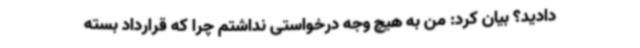
دادید؟ بیان کرد: من به هیچ وجه درخواستی نداشتم چرا که قرارداد بسته